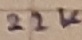
Text: 22K